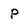
Character: P